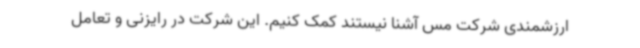
ارزشمندی شرکت مس آشنا نیستند کمک کنیم. این شرکت در رایزنی و تعامل